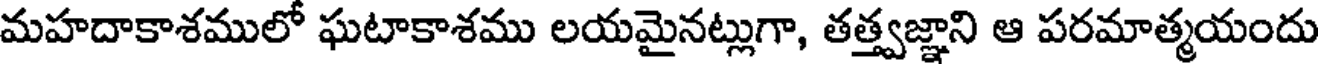
మహదాకాశములో ఘటాకాశము లయమైనట్లుగా, తత్త్వజ్ఞాని ఆ పరమాత్మయందు